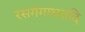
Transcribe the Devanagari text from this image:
रसगंगाधरादि